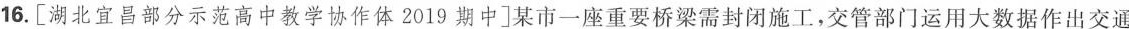
16.[湖北宜昌部分示范高中教学协作体2019期中]某市一座重要桥梁需封闭施工，交管部门运用大数据作出交通